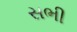
સભી